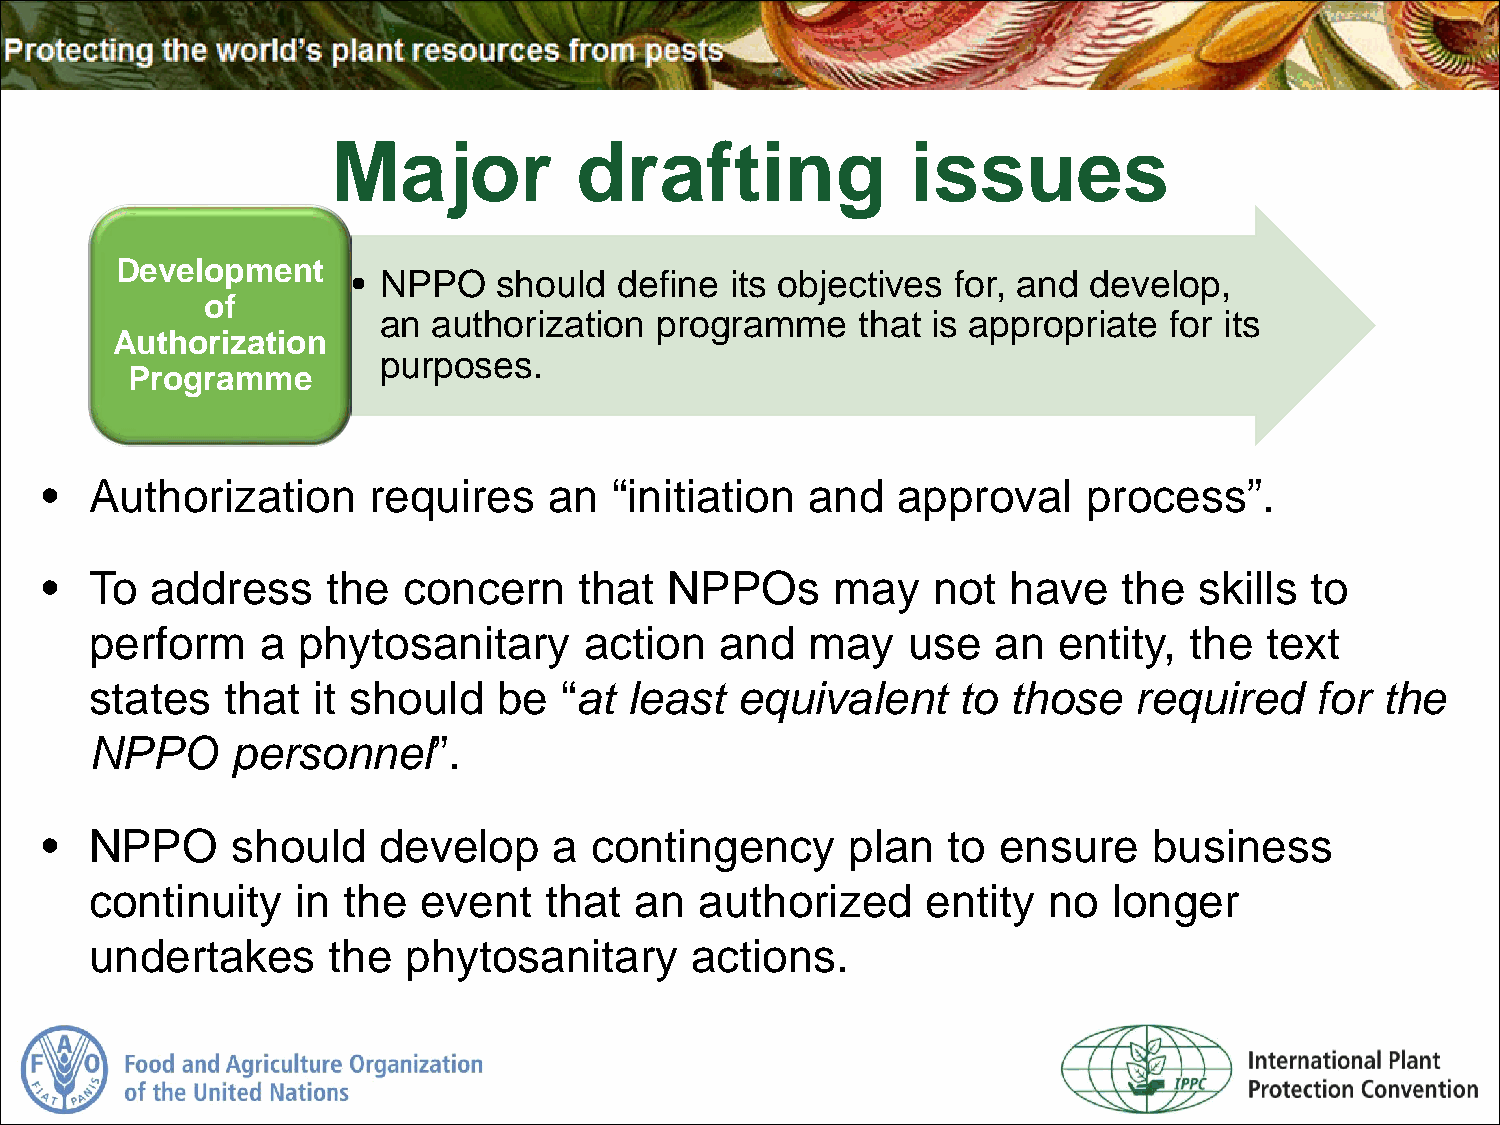
Major           drafting              issues
 Development
 • NPPO    should  define its objectives for, and develop,
 of
 an  authorization programme     that is appropriate for its
 Authorization
 purposes.
 Programme
 •  Authorization     requires    an  “initiation  and   approval     process”.
 •  To  address     the  concern    that  NPPOs      may    not  have   the  skills  to
 perform    a  phytosanitary      action   and  may    use   an  entity,  the  text
 states   that  it should   be  “at  least  equivalent    to  those   required    for  the
 NPPO     personnel”.
 •  NPPO     should    develop     a contingency      plan   to ensure    business
 continuity    in the  event   that  an  authorized     entity  no   longer
 undertakes      the  phytosanitary      actions.